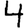
Digit: 4